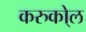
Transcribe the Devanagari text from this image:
करुको्ल